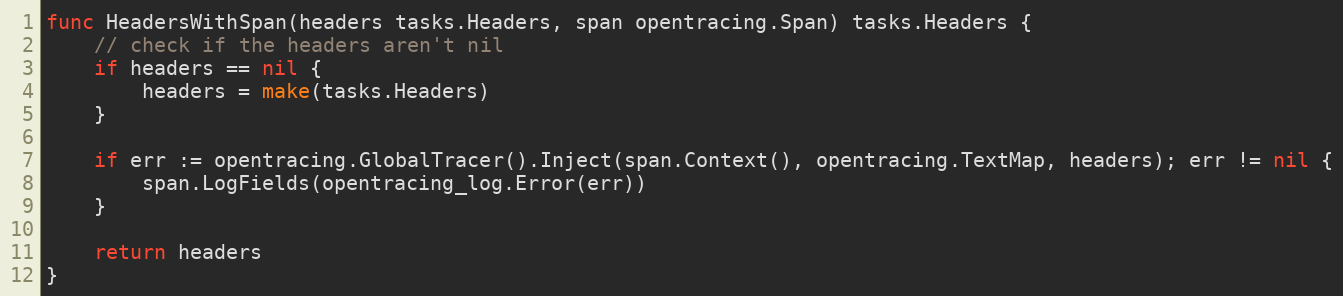
Language: Go
func HeadersWithSpan(headers tasks.Headers, span opentracing.Span) tasks.Headers {
	// check if the headers aren't nil
	if headers == nil {
		headers = make(tasks.Headers)
	}

	if err := opentracing.GlobalTracer().Inject(span.Context(), opentracing.TextMap, headers); err != nil {
		span.LogFields(opentracing_log.Error(err))
	}

	return headers
}